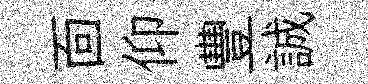
靣仰豐誠